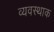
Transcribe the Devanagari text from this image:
व्यवस्थाक